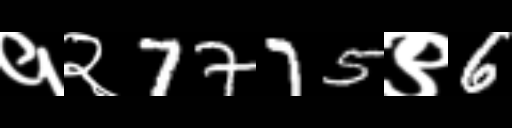
Text: १२7775९6